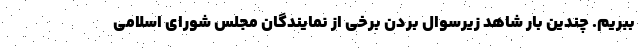
ببریم. چندین بار شاهد زیرسوال بردن برخی از نمایندگان مجلس شورای اسلامی